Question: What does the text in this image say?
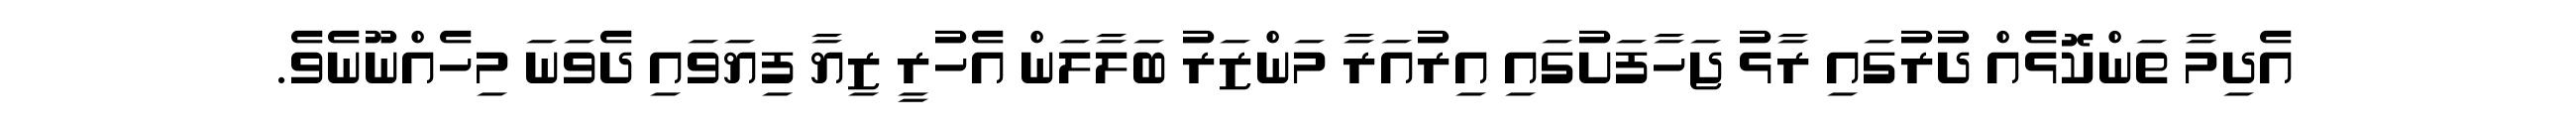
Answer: އެދިމާ ތަންކޮޅެއް ދުރުގައި ރާޅު ޖަހާފަށުގައި އިރުއަރާ މަންޒަރު ބަލާލަން އެހުރީ ޒިޔާ ފިޔަވައި ދެވަނަ މިހެއްނޫނެވެ.